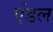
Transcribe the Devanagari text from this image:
एंडल